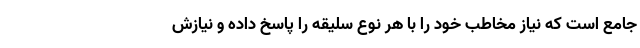
جامع است که نیاز مخاطب خود را با هر نوع سلیقه را پاسخ داده و نیازش